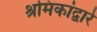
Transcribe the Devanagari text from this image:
श्रमिकांद्वारे